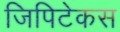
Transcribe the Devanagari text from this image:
जिपिटेकस